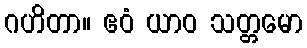
ဂဟိတာ။ ဧဝံ ယာဝ သတ္တမော